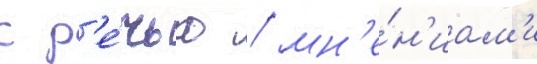
с р'е́чью / мн'е́н'иам'и